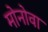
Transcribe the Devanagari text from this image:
मोनोवा